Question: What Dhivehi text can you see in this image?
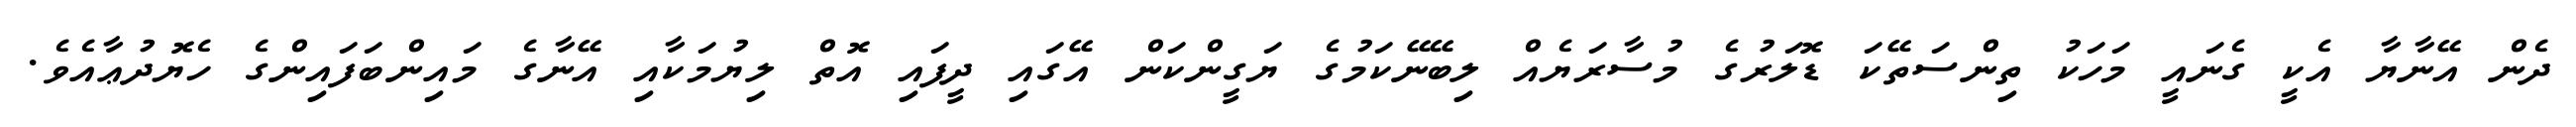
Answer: ދެން އޭނާޔާ އެކީ ގެނައީ މަހަކު ތިންސަތޭކަ ޑޮލަރުގެ މުސާރަޔެއް ލިބޭނޭކަމުގެ ޔަގީންކަން އޭގައި ދީފައި އޮތް ލިޔުމަކާއި އޭނާގެ މައިންބަފައިންގެ ހެޔޮދުޢާއެވެ.